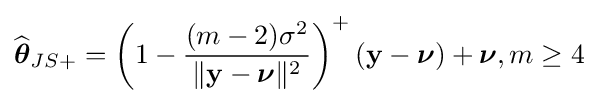
{\widehat {\boldsymbol {\theta }}}_{JS+}=\left(1-{\frac {(m-2)\sigma ^{2}}{\|{\mathbf {y} }-{\boldsymbol {\nu }}\|^{2}}}\right)^{+}({\mathbf {y} }-{\boldsymbol {\nu }})+{\boldsymbol {\nu }},m\geq 4